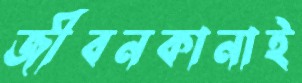
জীবনকানাই